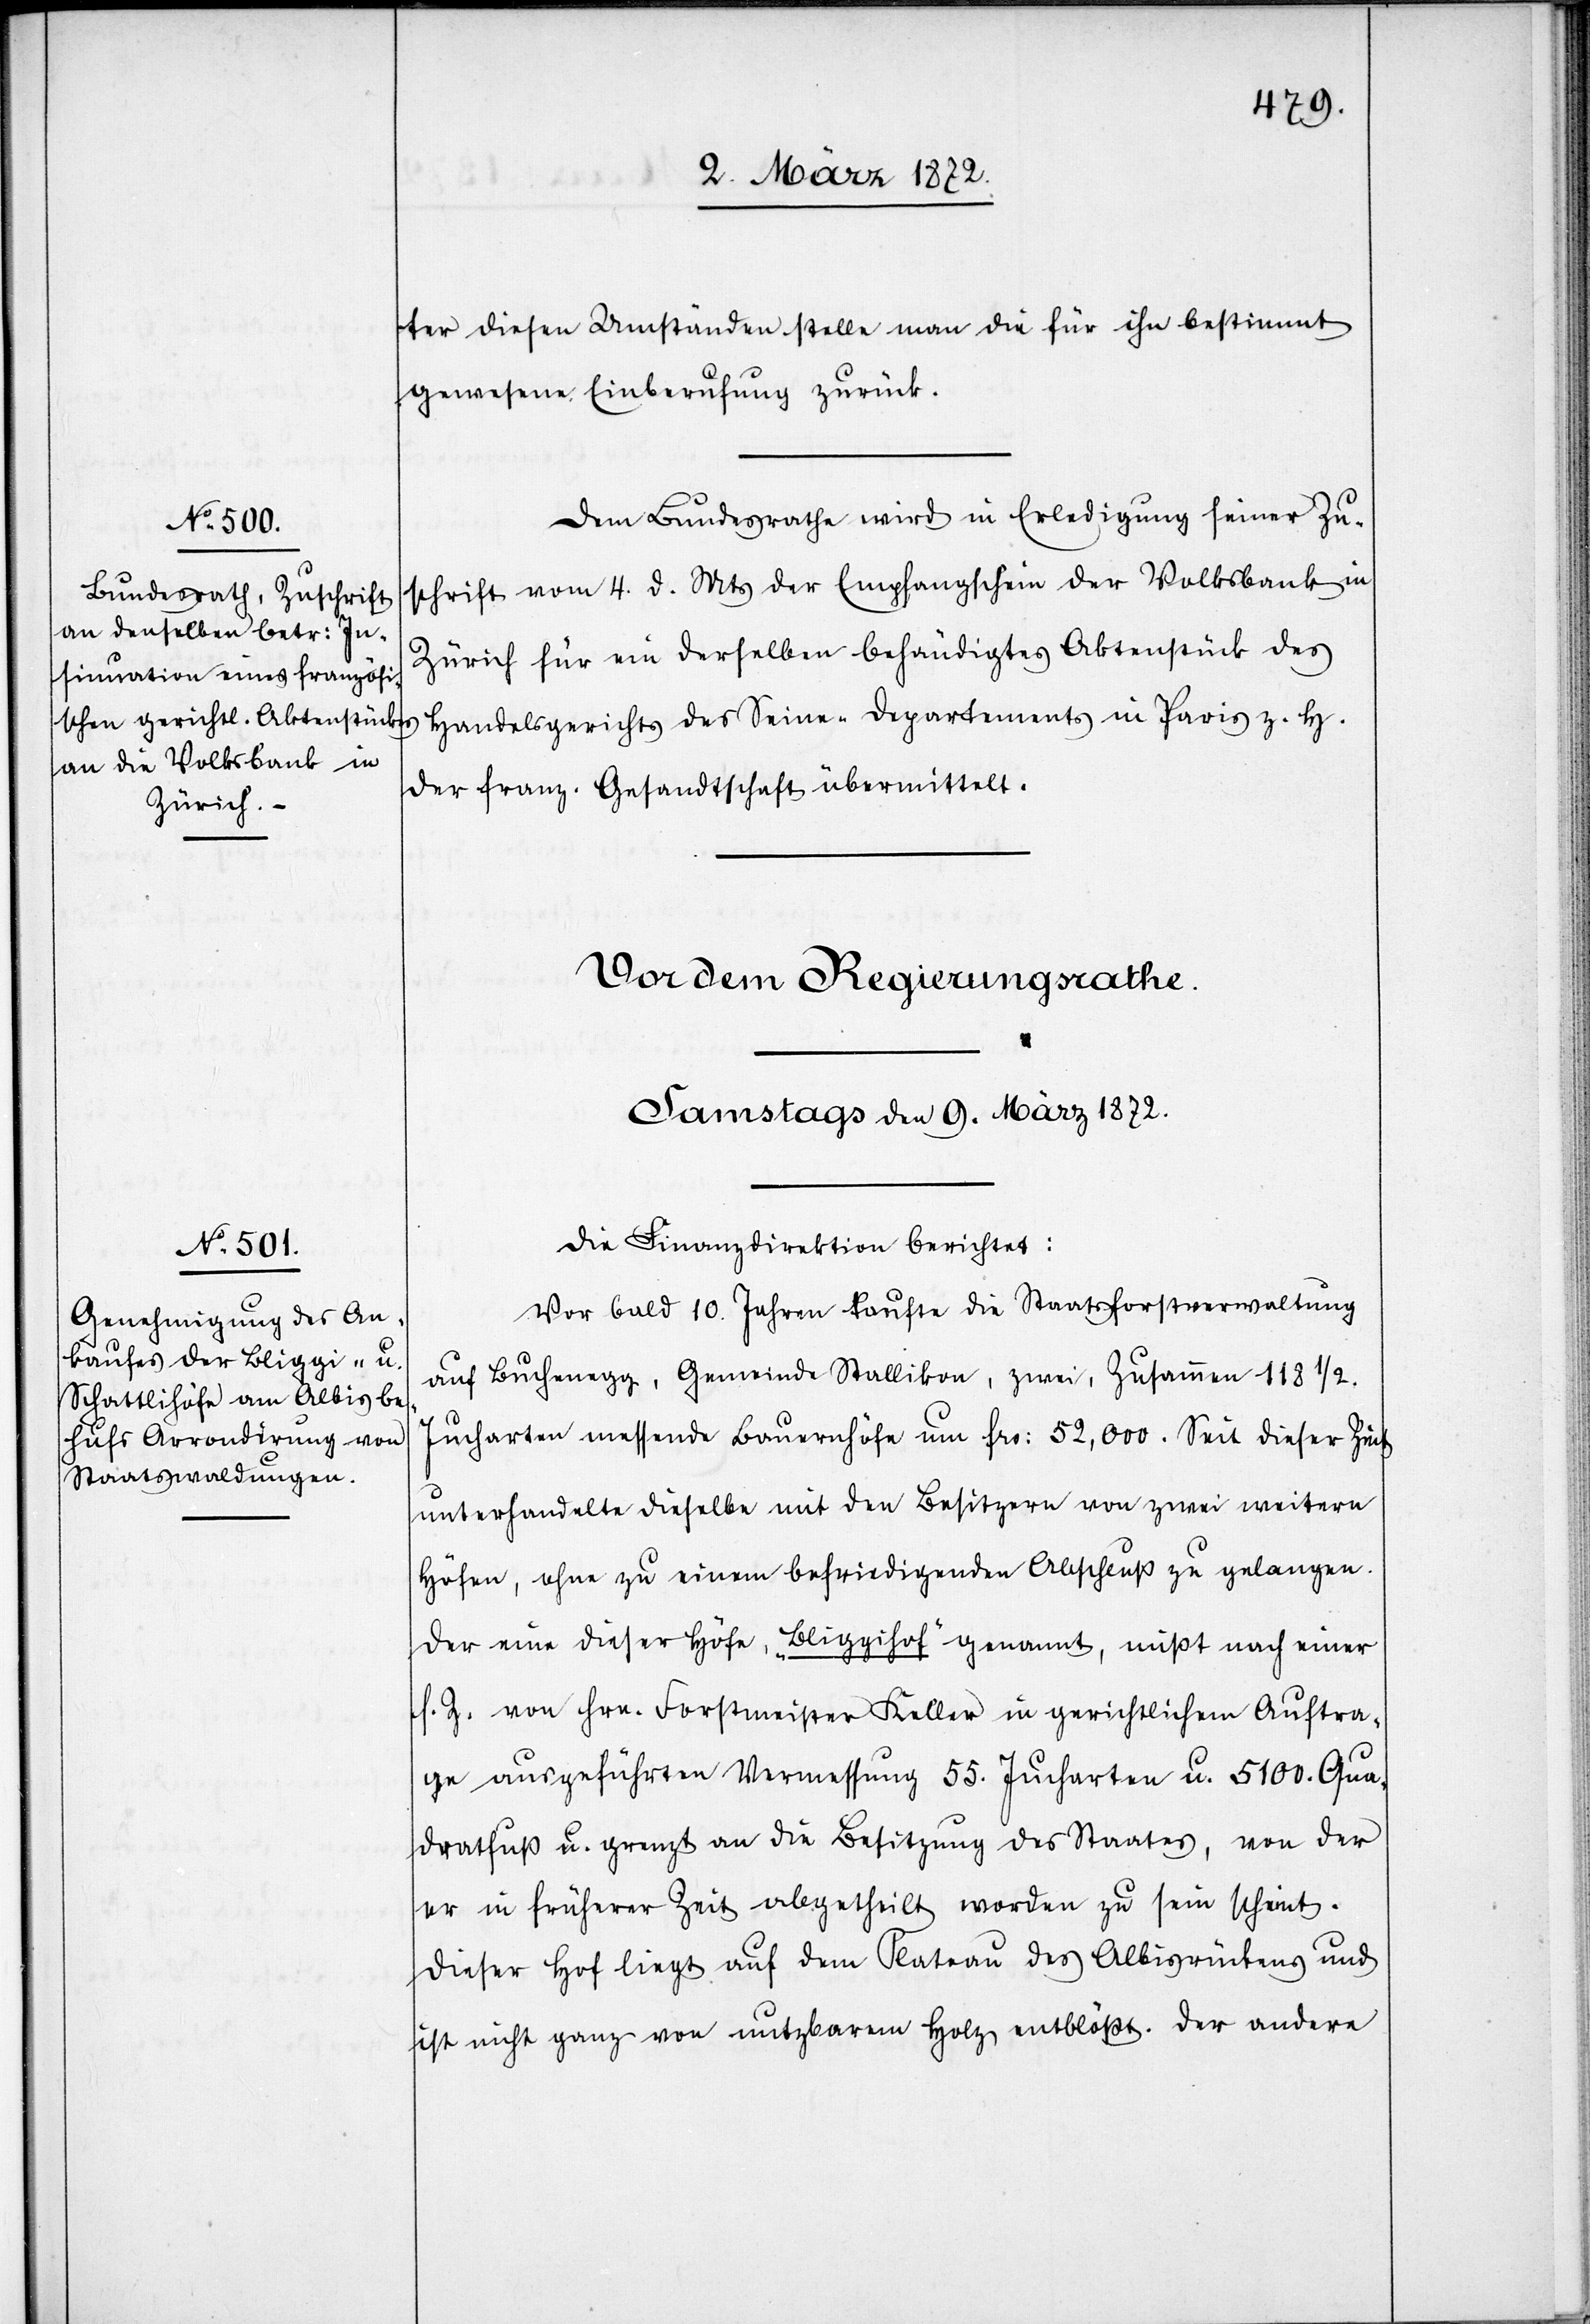
8. März 1872.]
ter diesen Umständen stelle man die für ihn bestimmt
gewesene Einberufung zurück.
Dem Bundesrathe wird in Erledigung seine Zu¬
schrift vom 4. d. Mts der Empfangschein der Volksbank in
Zürich für ein derselben behändigtes Aktenstück des
Handelsgerichts des Seine-Departements in Paris z. H.
der franz. Gesandtschaft übermittelt.
Die Finanzdirektion berichtet:
Vor bald 10. Jahren kaufte die Staatsforstverwaltung
auf Buchenegg, Gemeinde Stallikon, zwei, zusammen 118 1/2.
Jucharten messende Bauerhöfe um frs: 52,000. Seit dieser Zeit
unterhandelte dieselbe mit den Besitzern von zwei weitern
Höfen, ohne zu einem befriedigenden Abschluß zu gelangen.
Der eine dieser Höfe, „Bliggihof“ genannt, mißt nach einer
s. Z. von Hrn. Forstmeister Keller in gerichtlichem Auftra¬
ge ausgeführten Vermessung 55. Jucharten u. 5100. Qua¬
dratfuß u. grenzt an die Besitzung des Staates, von der
er in früherer Zeit abgetheilt worden zu sein scheint.
Dieser Hof liegt auf dem Plateau des Albisrückens und
ist nicht ganz von nutzbarem Holz entblößt. Der andere